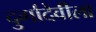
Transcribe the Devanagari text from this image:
दुर्गादेवीला